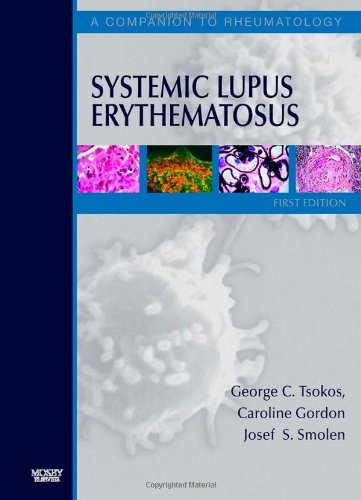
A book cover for Systemic Lupus Erythematosus: A Companion to Rheumatology, 1e; George Tsokos; Health, Fitness & Dieting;